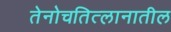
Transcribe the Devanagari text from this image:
तेनोचतित्लानातील